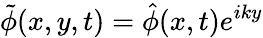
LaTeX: \tilde{\phi}(x,y,t)=\hat{\phi}(x,t)e^{iky}